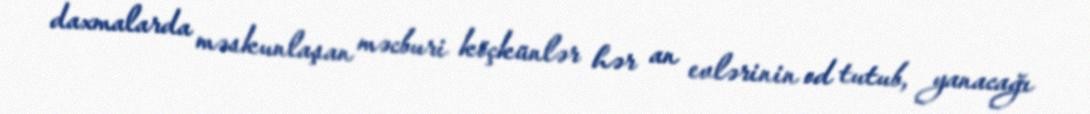
daxmalarda məskunlaşan məcburi köçkünlər hər an evlərinin od tutub, yanacağı